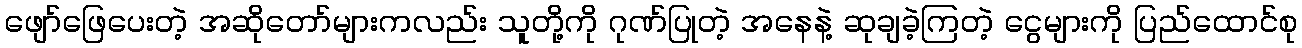
ဖျော်ဖြေပေးတဲ့ အဆိုတော်များကလည်း သူတို့ကို ဂုဏ်ပြုတဲ့ အနေနဲ့ ဆုချခဲ့ကြတဲ့ ငွေများကို ပြည်ထောင်စု